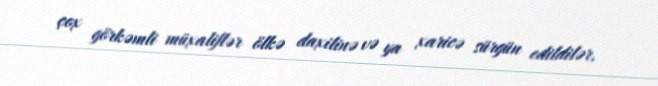
çox görkəmli müxaliflər ölkə daxilinə və ya xaricə sürgün edildilər.